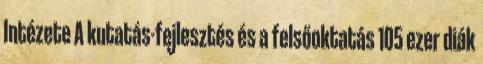
Intézete A kutatás-fejlesztés és a felsőoktatás 105 ezer diák